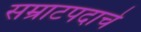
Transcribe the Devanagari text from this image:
सम्राटपदाचे